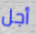
أجل